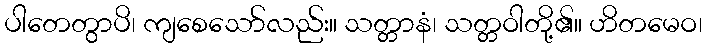
ပါတေတွာပိ၊ ကျစေသော်လည်း။ သတ္တာနံ၊ သတ္တဝါတို့၏။ ဟိတမေဝ၊